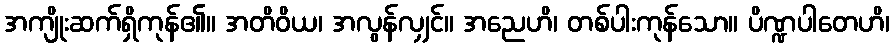
အကျိုးဆက်ရှိကုန်၏။ အတိဝိယ၊ အလွန်လျှင်။ အညေဟိ၊ တစ်ပါးကုန်သော။ ပိဏ္ဍပါတေဟိ၊